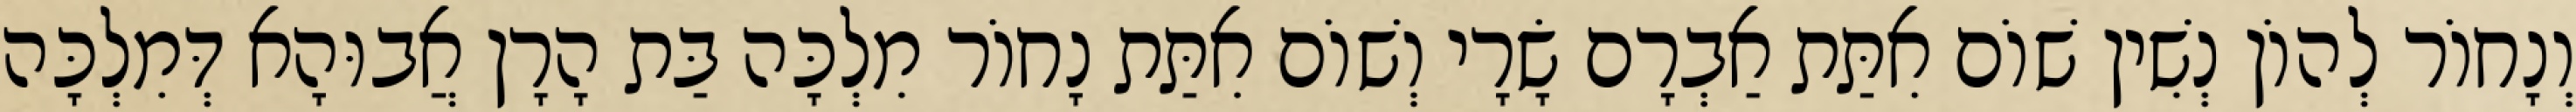
וְנָחוֹר לְהוֹן נְשִׁין שׁוֹם אִתַּת אַבְרָם שָׂרָי וְשׁוֹם אִתַּת נָחוֹר מִלְכָּה בַּת הָרָן אֲבוּהָא דְּמִלְכָּה